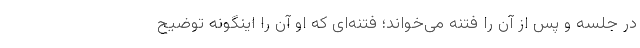
در جلسه و پس از آن را فتنه می‌خواند؛ فتنه‌ای که او آن را اینگونه توضیح